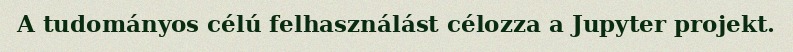
A tudományos célú felhasználást célozza a Jupyter projekt.